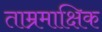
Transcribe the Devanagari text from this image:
ताम्रमाक्षिक